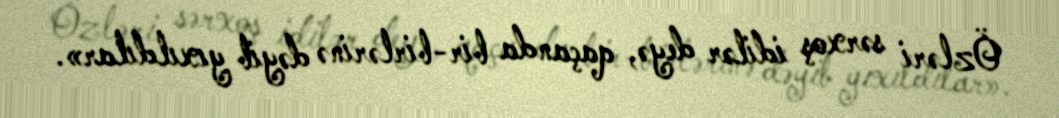
Özləri sərxoş idilər deyə, qaçanda bir-birlərinə dəyib yıxıldılar».